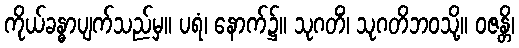
ကိုယ်ခန္ဓာပျက်သည်မှ။ ပရံ၊ နောက်၌။ သုဂတိံ၊ သုဂတိဘဝသို့။ ဝဇန္တိ၊